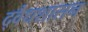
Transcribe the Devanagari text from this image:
द्वैधशासन